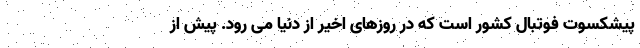
پیشکسوت فوتبال کشور است که در روزهای اخیر از دنیا می رود. پیش از